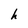
Character: h